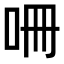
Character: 𭇒